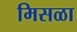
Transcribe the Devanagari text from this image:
मिसळा